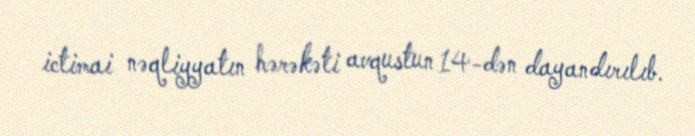
ictimai nəqliyyatın hərəkəti avqustun 14-dən dayandırılıb.